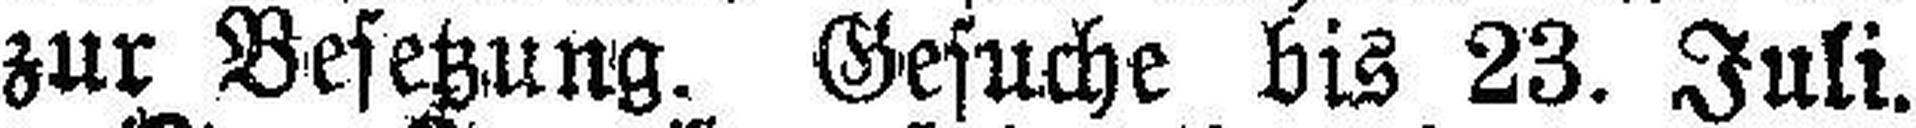
zur Besetzung. Gesuche bis 23. Juli.